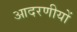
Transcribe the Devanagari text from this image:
आदरणीयों